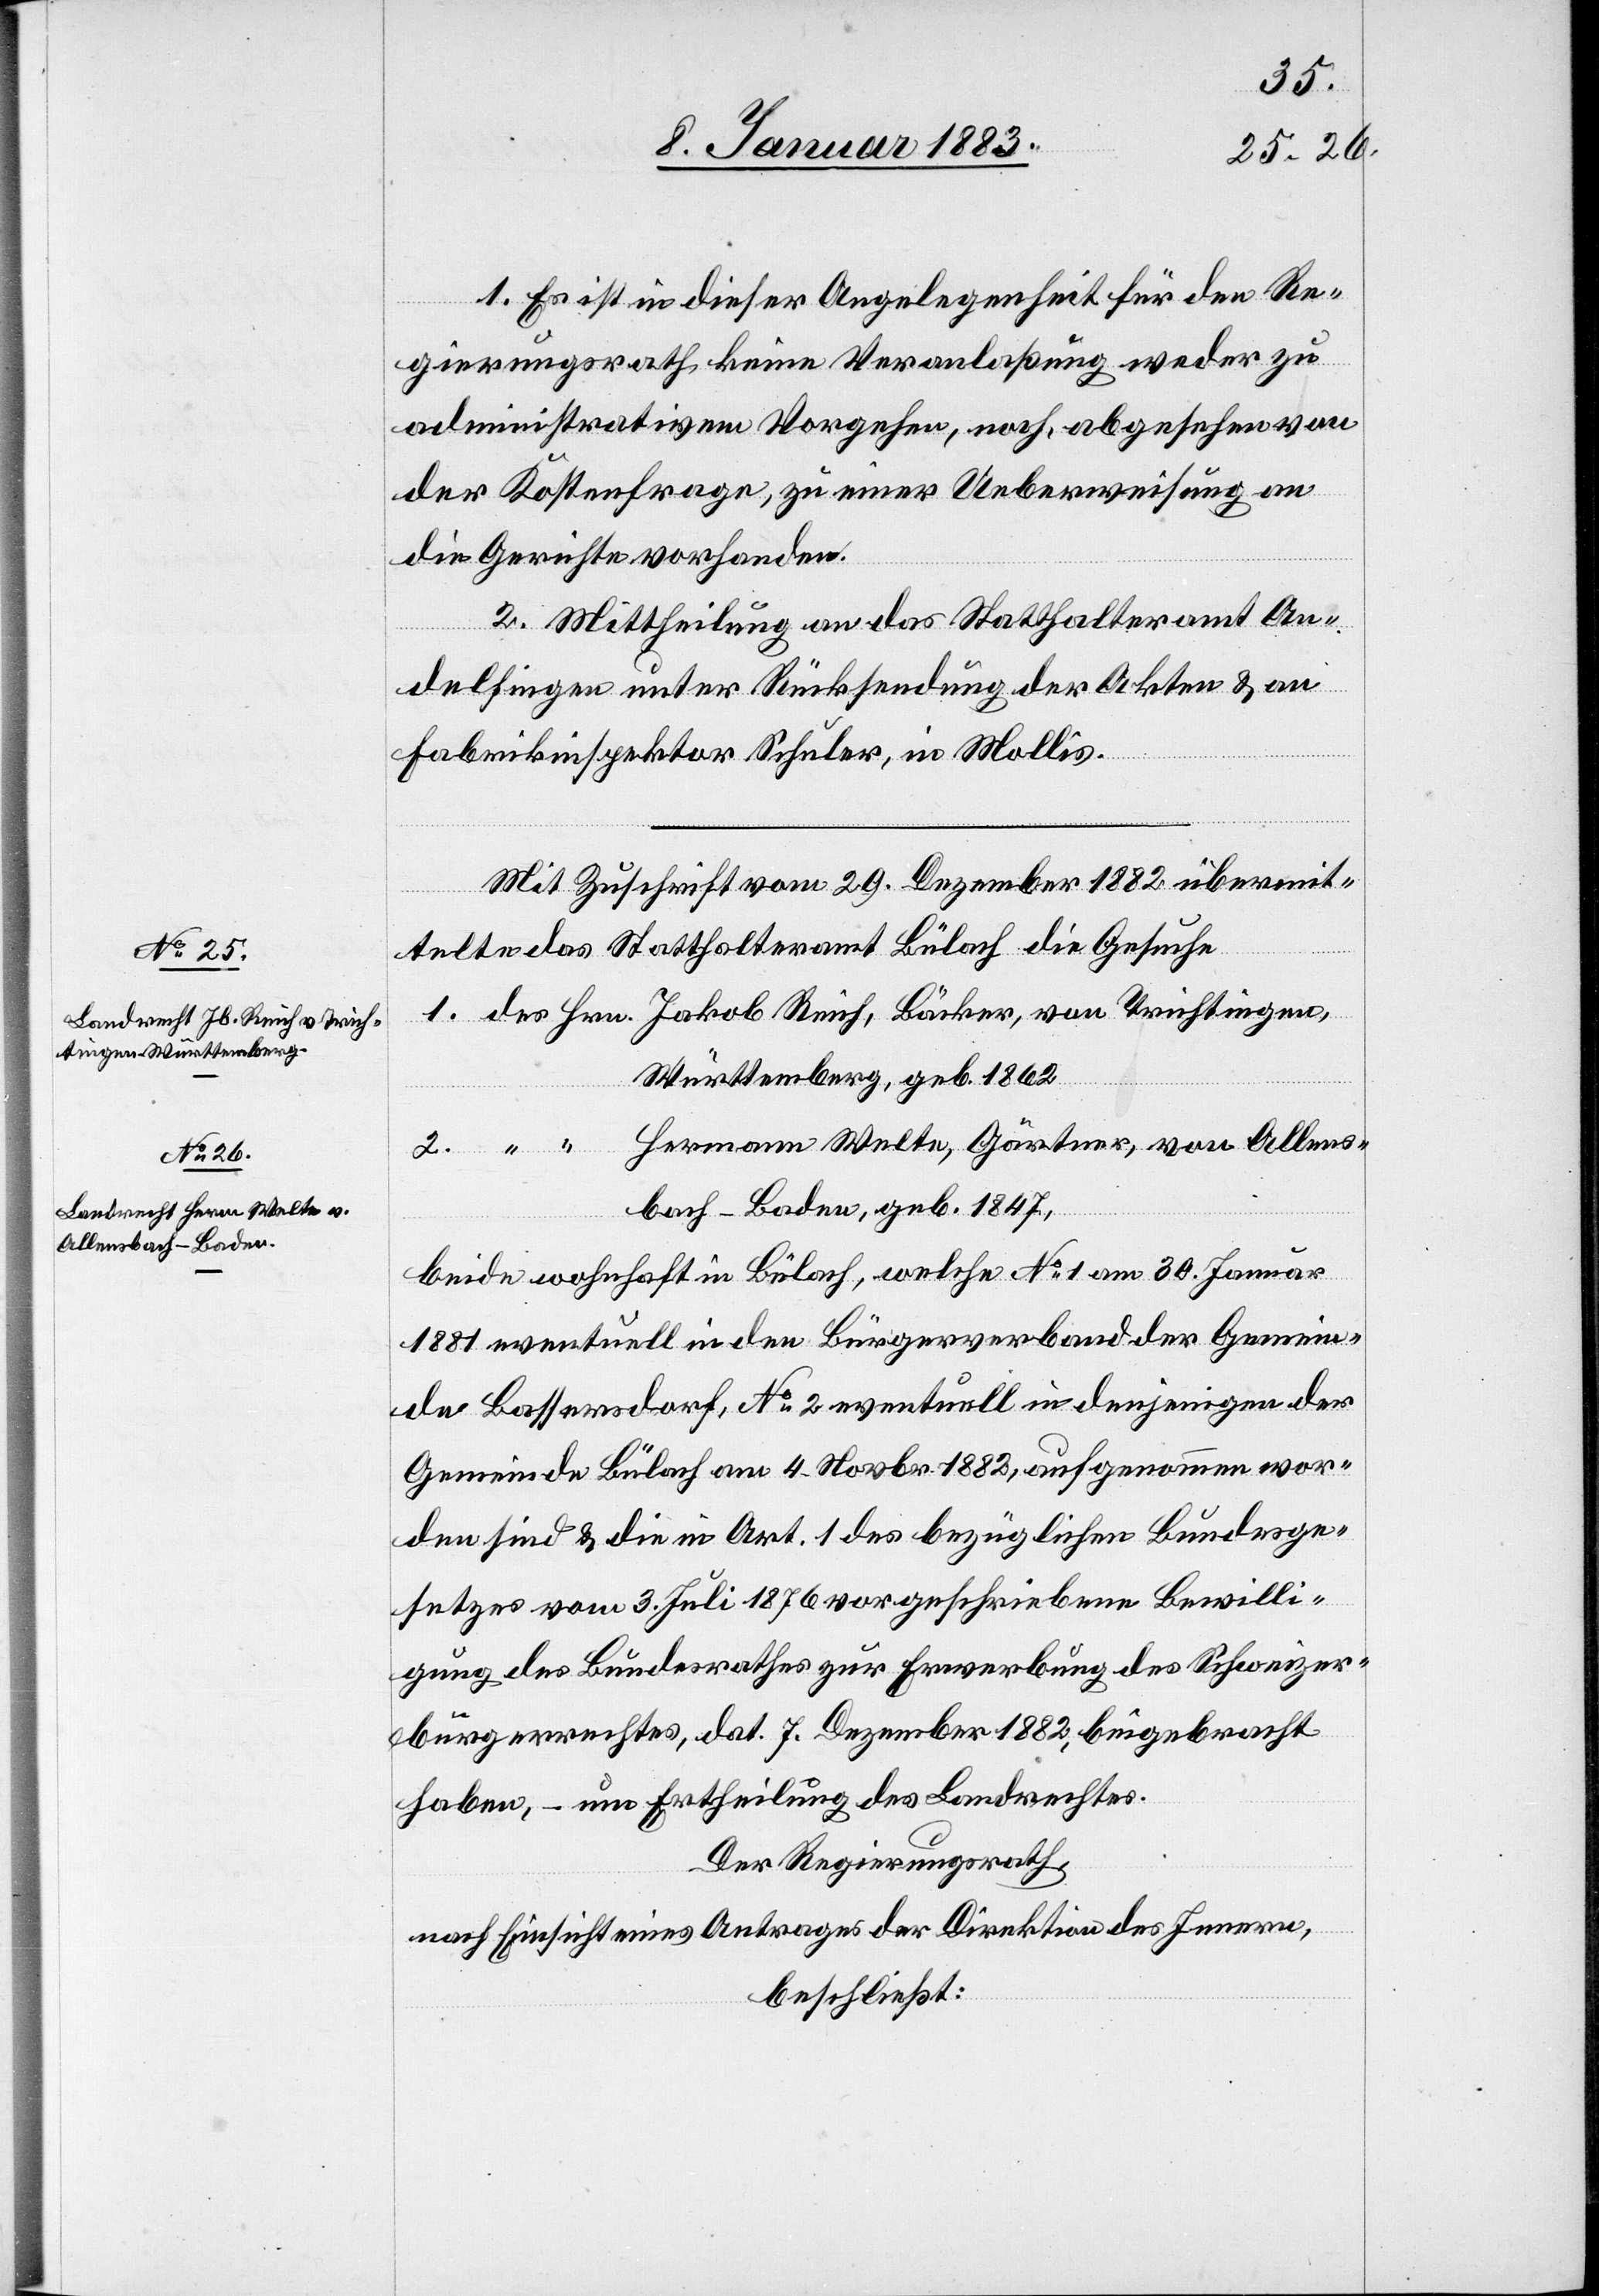
1. Es ist in dieser Angelegenheit für den Re¬
gierungsrath keine Veranlaßung weder zu
administrativem Vorgehen, noch, abgesehen von
der Kostenfrage, zu einer Ueberweisung an
die Gerichte vorhanden.
2. Mittheilung an das Statthalteramt An¬
delfingen unter Rücksendung der Akten & an
Fabrikinspektor Schuler, in Mollis.
Mit Zuschrift vom 29. Dezember 1882 übermit¬
telte das Statthalteramt Bülach die Gesuche
Württemberg, geb. 1862
Hermann Welte, Gärtner, von Allens¬
bach - Baden, geb. 1847,
beide wohnhaft in Bülach, welche No 1 am 30. Januar
1881 eventuell in den Bürgerverband der Gemein¬
de Bassersdorf, No 2 eventuell in denjenigen der
Gemeinde Bülach am 4. Novbr. 1882, aufgenommen wor¬
den sind & die in Art. 1 des bezüglichen Bundesge¬
setzes vom 3. Juli 1876 vorgeschriebene Bewilli¬
gung des Bundesrathes zur Erwerbung des Schweizer¬
bürgerrechtes, dat. 7. Dezember 1882, beigebracht
haben, – um Ertheilung des Landrechtes.
Der Regierungsrath,
nach Einsicht eines Antrages der Direktion des Innern,
beschließt: